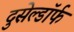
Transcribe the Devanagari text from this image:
दुसेल्डॉर्फ